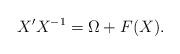
LaTeX: \begin{align*} X' X^{-1} = \Omega + F(X).\end{align*}